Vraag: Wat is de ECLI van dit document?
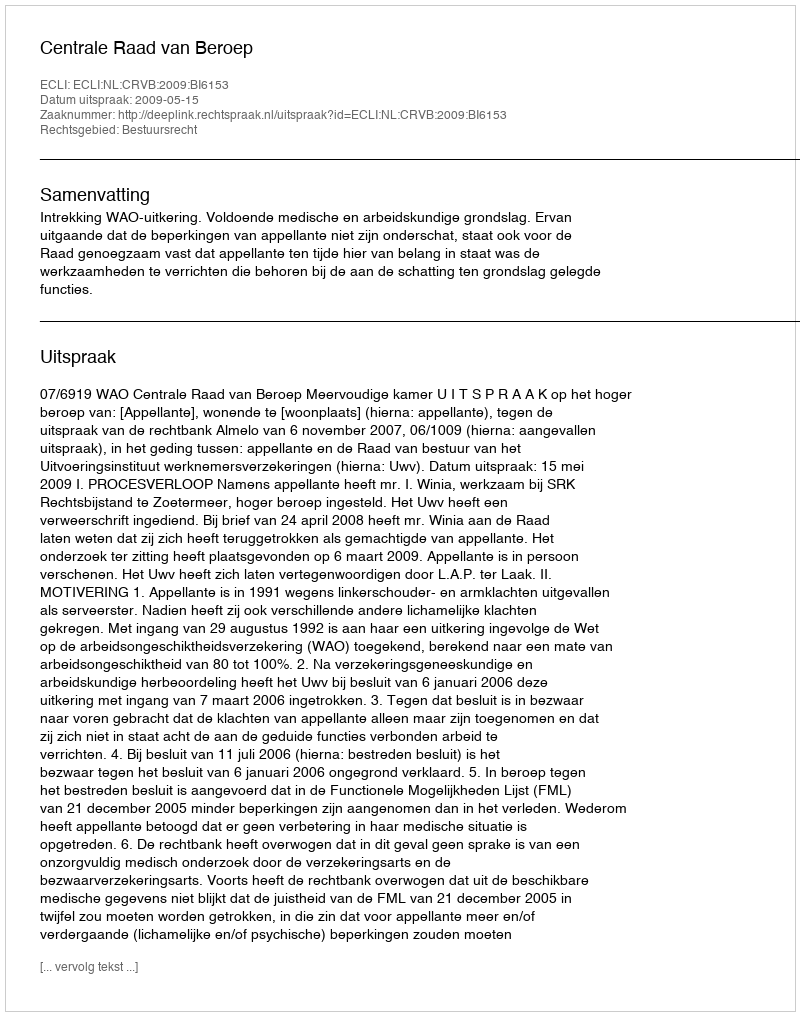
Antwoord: ECLI:NL:CRVB:2009:BI6153